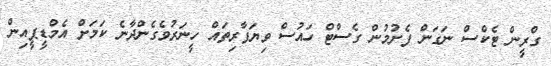
ގްރީން ޓެކްސް ނަގަން ފެށުމުން ގެސްޓް ހައުސް ވިޔަފާރިތައް ހީނަރުވެގެންދާނެ ކަމަށް އެމްޑީޕީއިން